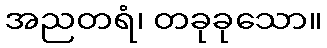
အညတရံ၊ တခုခုသော။